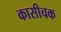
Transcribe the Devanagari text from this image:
कासीचक